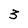
Character: 3